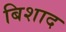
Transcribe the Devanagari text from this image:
बिशाद